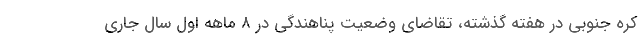
کره جنوبی در هفته گذشته، تقاضای وضعیت پناهندگی در 8 ماهه اول سال جاری